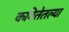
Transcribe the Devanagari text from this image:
कवितेतल्या